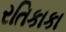
રતિકાકા